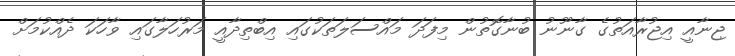
ޖިނާއީ އިޖުރާއަތުގެ ގާނޫނު ބުނާގޮތުން މިފަދަ މައްސަލަތަކުގައި އިބްތިދާއީ މަރުހަލާގައި ވާހަކަ ދެއްކުމަށް